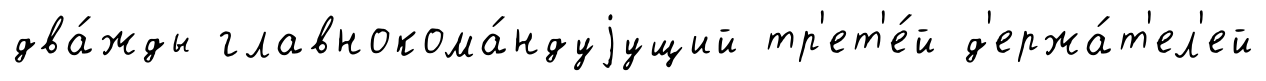
два́жды главнокома́ндуjущий тр'ет'е́й д'ержа́т'ел'ей